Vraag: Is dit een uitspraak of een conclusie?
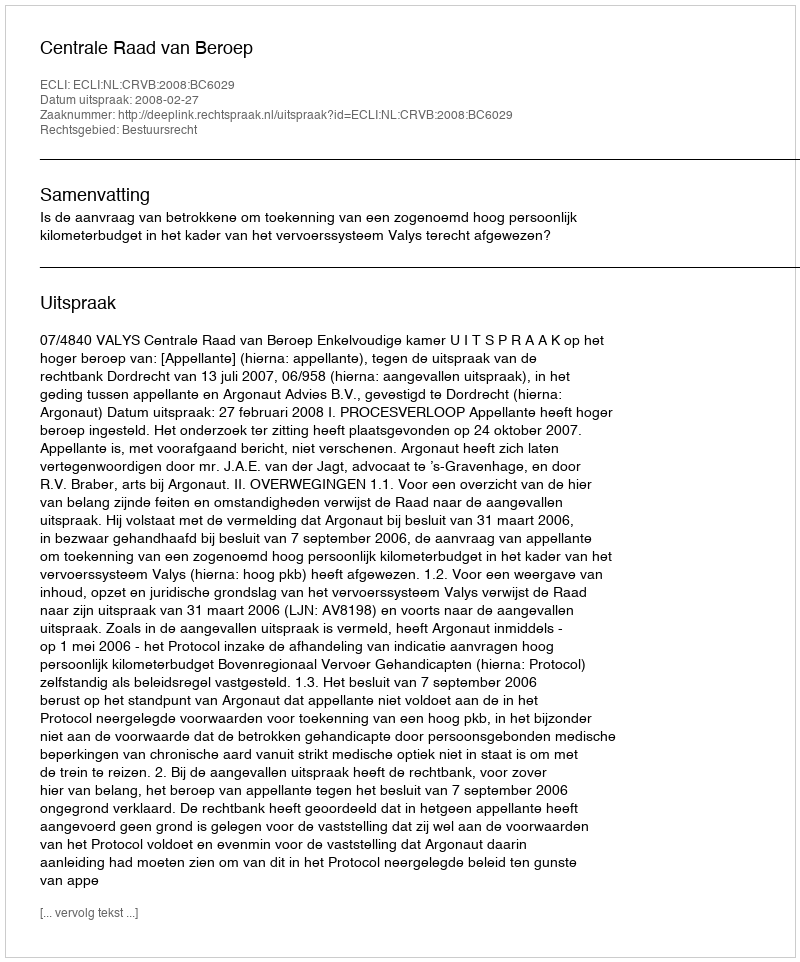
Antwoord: Uitspraak